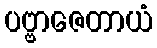
ပဗ္ဗာဇေတာယံ